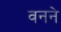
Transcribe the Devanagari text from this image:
वनने